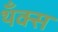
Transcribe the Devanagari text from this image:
थँक्स